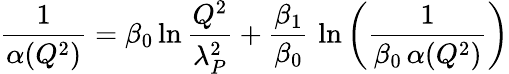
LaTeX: {\frac{1}{\alpha(Q^{2})}}=\beta_{0}\ln{\frac{Q^{2}}{\lambda_{P}^{2}}}+{\frac{\beta_{1}}{\beta_{0}}}\, \ln\left(\frac{1}{\beta_{0}\, \alpha(Q^{2})}\right)